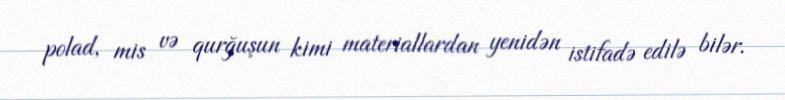
polad, mis və qurğuşun kimi materiallardan yenidən istifadə edilə bilər.